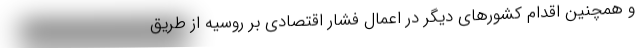
و همچنین اقدام کشورهای دیگر در اعمال فشار اقتصادی بر روسیه از طریق